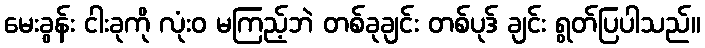
မေးခွန်း ငါးခုကို လုံးဝ မကြည့်ဘဲ တစ်ခုချင်း တစ်ပုဒ် ချင်း ရွတ်ပြပါသည်။